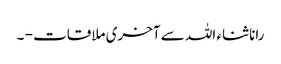
رانا ثناء اللہ سے آخری ملاقات - ۔